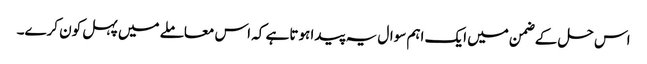
اس حل کے ضمن میں ایک اہم سوال یہ پیدا ہوتا ہے کہ اس معاملے میں پہل کون کرے۔